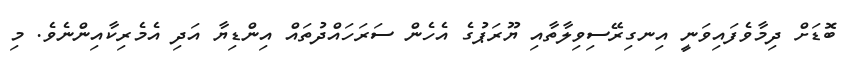
ބޮޑަށް ދިމާވެފައިވަނީ އިނގިރޭސިވިލާތާއި ޔޫރަޕުގެ އެހެން ސަރަހައްދުތައް އިންޑިޔާ އަދި އެމެރިކާއިންނެވެ. މި